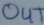
Text: OUT